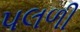
પલળી